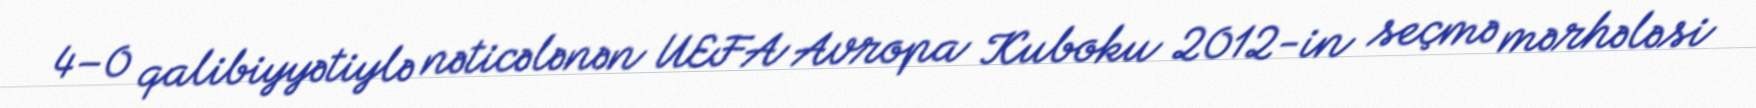
4–0 qalibiyyətiylə nəticələnən UEFA Avropa Kuboku 2012-in seçmə mərhələsi